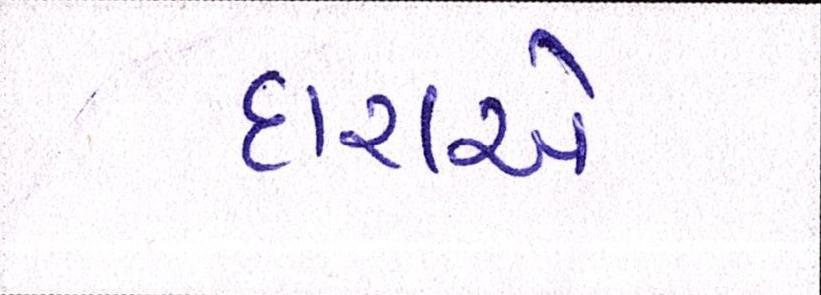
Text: દારાએ